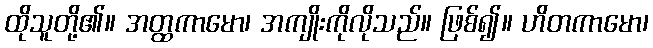
ထိုသူတို့၏။ အတ္ထကာမော၊ အကျိုးကိုလိုသည်။ ဖြစ်၍။ ဟိတကာမော၊